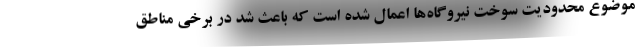
موضوع محدودیت سوخت نیروگاه‌ها اعمال شده است که باعث شد در برخی مناطق